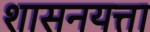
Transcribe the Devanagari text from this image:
शासनयत्ता